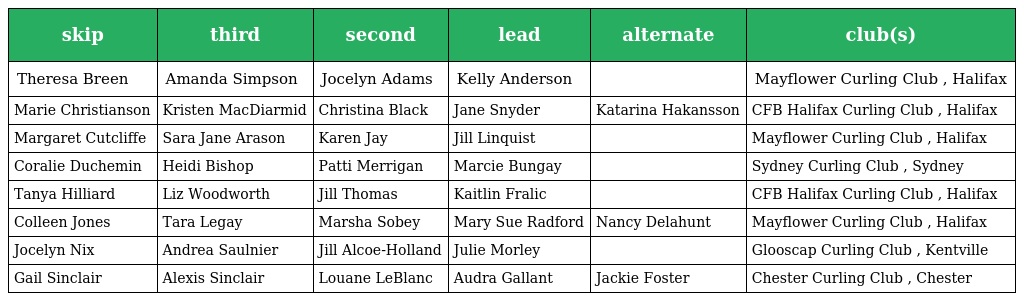
| skip | third | second | lead | alternate | club(s) |
 | --- | --- | --- | --- | --- | --- |
 | Theresa Breen | Amanda Simpson | Jocelyn Adams | Kelly Anderson |  | Mayflower Curling Club , Halifax |
 | Marie Christianson | Kristen MacDiarmid | Christina Black | Jane Snyder | Katarina Hakansson | CFB Halifax Curling Club , Halifax |
 | Margaret Cutcliffe | Sara Jane Arason | Karen Jay | Jill Linquist |  | Mayflower Curling Club , Halifax |
 | Coralie Duchemin | Heidi Bishop | Patti Merrigan | Marcie Bungay |  | Sydney Curling Club , Sydney |
 | Tanya Hilliard | Liz Woodworth | Jill Thomas | Kaitlin Fralic |  | CFB Halifax Curling Club , Halifax |
 | Colleen Jones | Tara Legay | Marsha Sobey | Mary Sue Radford | Nancy Delahunt | Mayflower Curling Club , Halifax |
 | Jocelyn Nix | Andrea Saulnier | Jill Alcoe-Holland | Julie Morley |  | Glooscap Curling Club , Kentville |
 | Gail Sinclair | Alexis Sinclair | Louane LeBlanc | Audra Gallant | Jackie Foster | Chester Curling Club , Chester |